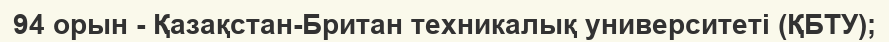
94 орын - Қазақстан-Британ техникалық университеті (ҚБТУ);